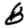
Digit: 8